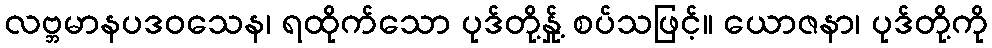
လဗ္ဘမာနပဒဝသေန၊ ရထိုက်သော ပုဒ်တို့နှု့် စပ်သဖြင့်။ ယောဇနာ၊ ပုဒ်တို့ကို